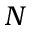
N